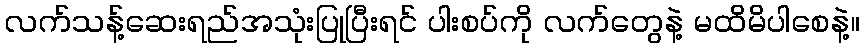
လက်သန့်ဆေးရည်အသုံးပြုပြီးရင် ပါးစပ်ကို လက်တွေနဲ့ မထိမိပါစေနဲ့။